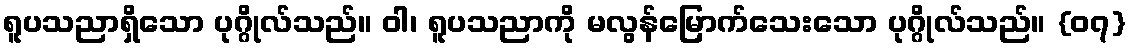
ရူပသညာရှိသော ပုဂ္ဂိုလ်သည်။ ဝါ၊ ရူပသညာကို မလွန်မြောက်သေးသော ပုဂ္ဂိုလ်သည်။ {၀၇}